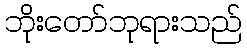
ဘိုးတော်ဘုရားသည်